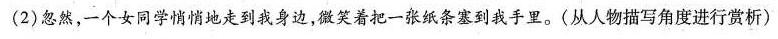
(2)忽然，一个女同学愤情地走到我身边，微笑着把一张纸条塞到我手里。〈从人物描写角度进行赏析)